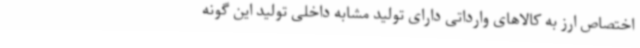
اختصاص ارز به کالاهای وارداتی دارای تولید مشابه داخلی تولید این گونه